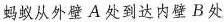
蚂蚁从外壁A处到达内壁B处